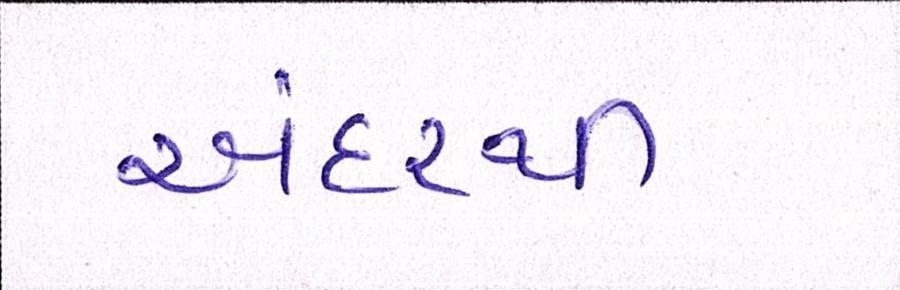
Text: અંદરથી